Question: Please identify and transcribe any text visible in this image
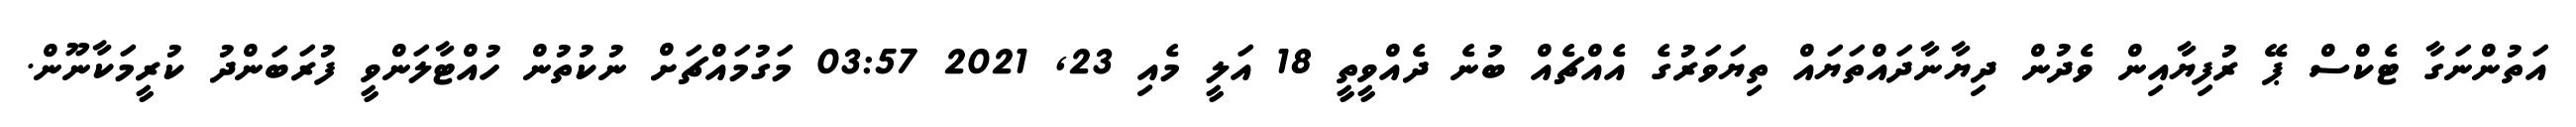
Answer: އަތުންނަގާ ޓެކްސް ޕޭ ރުފިޔާއިން ވެދުން ދިޔާނާދައްތަޔައް ތިޔަވަރުގެ އެއްޗެއް ބުނެ ދެއްވީތީ 18 އަލީ މެއި 23, 2021 03:57 މަގުމައްޗަށް ނުކުތުން ހުއްޓާލަންވީ ފުރަބަންދު ކުރީމަކާނޫން.